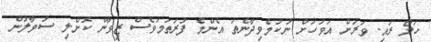
ހަލޯ ރައި. ވަރަށް އަވަހަށް ނުކުމެވިދާނެތަ އެންމެ ފުރަތަމަވެސް ޒިވާން ކޮށްލި ސުވާލުން